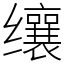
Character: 𬙋